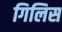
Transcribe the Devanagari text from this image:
गिलिस